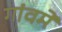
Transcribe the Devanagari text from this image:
गांवमें